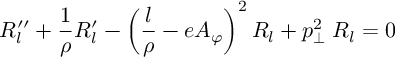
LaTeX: R _ { l } ^ { \prime \prime } + { \frac { 1 } { \rho } } R _ { l } ^ { \prime } - \left( { \frac { l } { \rho } } - e A _ { \varphi } \right) ^ { 2 } R _ { l } + p _ { \perp } ^ { 2 } \; R _ { l } = 0